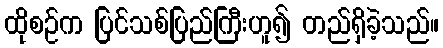
ထိုစဉ်က ပြင်သစ်ပြည်ကြီးဟူ၍ တည်ရှိခဲ့သည်။